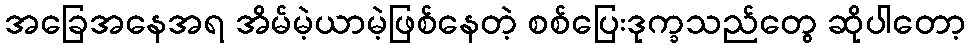
အခြေအနေအရ အိမ်မဲ့ယာမဲ့ဖြစ်နေတဲ့ စစ်ပြေးဒုက္ခသည်တွေ ဆိုပါတော့